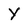
Character: Y